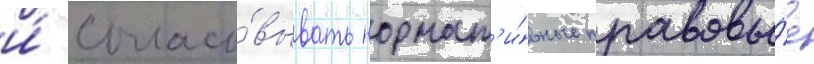
и́ согласо́вывать нормат'и́вные правовы́е